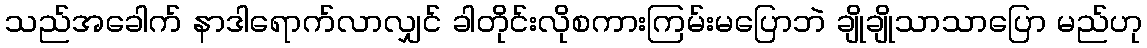
သည်အခေါက် နာဒါရောက်လာလျှင် ခါတိုင်းလိုစကားကြမ်းမပြောဘဲ ချိုချိုသာသာပြော မည်ဟု